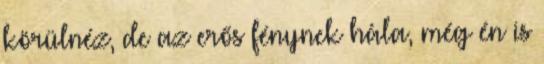
körülnéz, de az erős fénynek hála, még én is